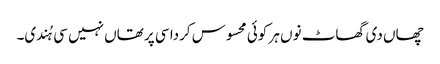
چھاں دی گھاٹ نوں ہر کوئی محسوس کردا سی پر تھاں نہیں سی ہُندی۔